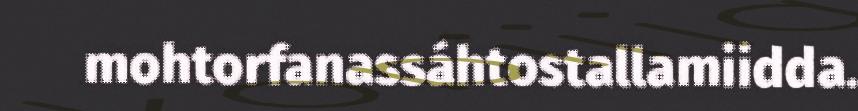
mohtorfanassáhtostallamiidda.